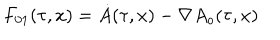
F _ { 0 1 } ( \tau , x ) = \dot { A } ( \tau , x ) - \nabla A _ { o } ( \tau , x )